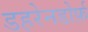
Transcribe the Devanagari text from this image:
डहरेनडोर्फ़